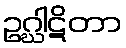
ဥဂ္ဃါဋိတာ